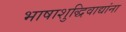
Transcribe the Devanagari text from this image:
भाषाशुद्धिवाद्यांना